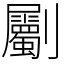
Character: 劚